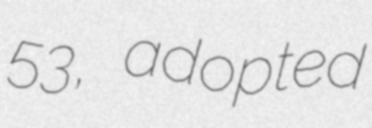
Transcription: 53, adopted